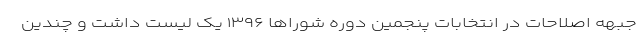
جبهه اصلاحات در انتخابات پنجمین دوره شوراها ۱۳۹۶ یک لیست داشت و چندین